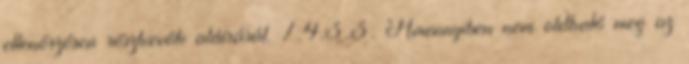
ellenõrzésen résztvevõk aláírását. 7.4.3.3. Amennyiben nem oldható meg az